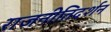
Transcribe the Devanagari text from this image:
राजनीतिदर्शन